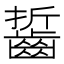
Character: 𪘔